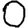
Digit: 0